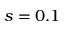
s = 0 . 1